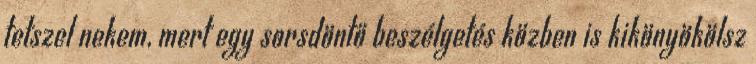
tetszel nekem, mert egy sorsdöntő beszélgetés közben is kikönyökölsz